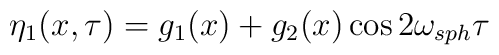
\eta_1(x, \tau) = g_1(x) + g_2(x) \cos 2 \omega_{sph} \tau